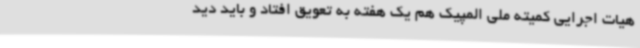
هیات اجرایی کمیته ملی المپیک هم یک هفته به تعویق افتاد و باید دید